Report on vaccination in Madras 1922-1929 - 1922-1929
Year: 1922
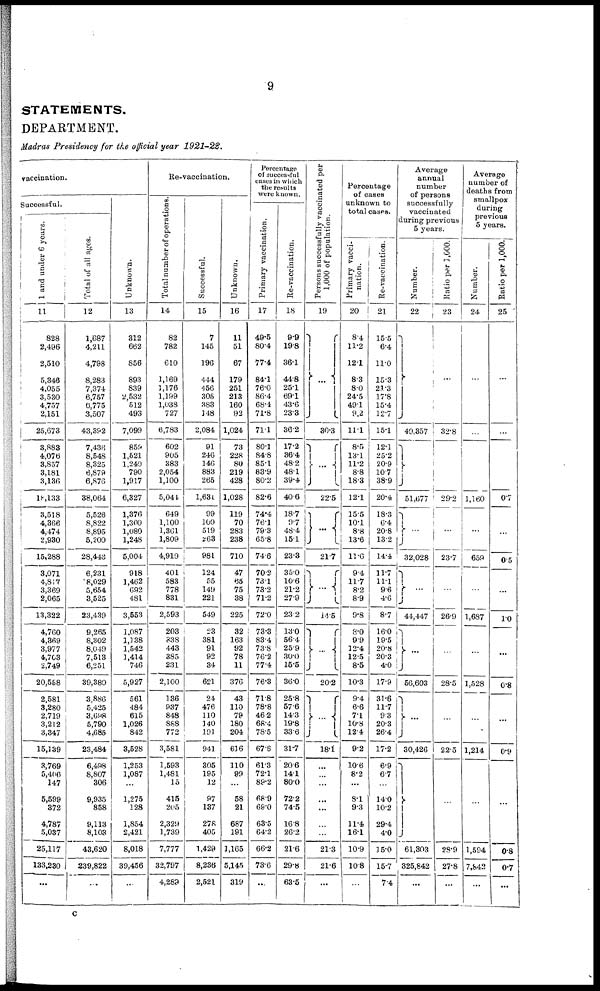
9
STATEMENTS.
DEPARTMENT.
Madras Presidency for the official year 1921-22.
vaccination.
Successful.
1 and under 6 years.
11
828
2,496
2,510
5,346
4,055
3,530
4,757
2,151
25,673
3,883
4,076
3,857
3,181
3,136
18,133
3,518
4,366
4,474
2,930
15,288
3,071
4,817
3,369
2,065
13,322
4,760
4,369
3,977
4,703
2,749
20,558
2,581
3,280
2,719
3,212
3,347
15,139
3,769
5,406
147
5,599
372
4,787
5,037
25,117
133,230
...
Total of all ages.
12
1,687
4,211
4,798
8,283
7,374
6,757
6,775
3,507
43,392
7,436
8,548
8,325
6,879
6,876
38,064
5,526
8,822
8,895
5,200
28,443
6,231
8,029
5,654
3,525
23,439
9,265
8,302
8,049
7,513
6,251
39,380
3,886
5,425
3,698
5,790
4,685
23,484
6,498
8,807
306
9,935
858
9,113
8,103
43,620
239,822
...
Unknown.
13
312
662
856
893
839
2,532
512
493
7,099
859
1,521
1,240
790
1,917
6,327
1,376
1,300
1,080
1,248
5,004
918
1,462
692
481
3,553
1,087
1,138
1,542
1,414
746
5,927
561
484
615
1,026
842
3,528
1,253
1,087
...
1,275
128
1,854
2,421
8,018
39,456
...
Re-vaccination.
Total number of operations.
14
82
782
610
1,169
1,176
1,199
1,038
727
6,783
602
905
383
2,054
1,100
5,044
649
1,100
1,361
1,809
4,919
401
583
778
831
2,593
203
838
443
385
231
2,100
136
937
848
888
772
3,581
1,593
1,481
15
415
205
2,329
1,739
7,777
32,797
4,289
Successful.
15
7
145
196
444
456
305
383
148
2,084
91
246
146
883
265
1,631
99
100
519
263
981
124
55
149
221
549
23
381
91
92
34
621
24
476
110
140
191
941
305
195
12
97
137
278
405
1,429
8,236
2,521
Unknown.
16
11
51
67
179
251
213
160
92
1,024
73
228
80
219
428
1,028
119
70
283
238
710
47
65
75
38
225
32
163
92
78
11
376
43
110
79
180
204
616
110
99
...
58
21
687
191
1,165
5,145
319
Percentage
of successful
cases in which
the results
were known.
Primary vaccination.
17
49.5
80.4
77.4
84.1
76.0
86.4
68.4
71.8
71.1
80.1
84.8
85.1
83.9
80.2
82·6
74·4
76.1
79.3
65.8
74.6
70.2
73.1
73.2
71.2
72.0
73.3
83.4
73.8
76.2
77.4
76.3
71.8
78.8
46.2
68.4
78.5
67.6
61·3
72.1
89·2
68.9
69.0
63.5
64.2
66.2
73.6
...
Re-vaccination.
18
9.9
19.8
36.1
44.8
25.1
69.1
43.6
23.3
36.2
17.2
36.4
48.2
48.1
39.4
40.6
18.7
9.7
48.4
15.1
23.3
35.0
10.6
21.2
27.9
23.2
13.0
56.4
25.9
30.0
15.5
36.0
25.8
57.6
14.3
19.8
33.6
31.7
20.6
14.1
80.0
72.2
74.5
16.8
26.2
21.6
29.8
63.5
Persons successfully vaccinated per
1,000 of population.
19
...
30.3
...
22.5
...
21.7
...
14.5
...
20.2
...
18·1
...
...
...
...
...
...
...
21.3
21.6
...
Percentage
of cases
unknown to
total cases.
Primary vacci-
nation.
20
8.4
11.2
12.1
8.3
8.0
24.5
49.1
9.2
11.1
8.5
13.1
11.2
8.8
18.3
12.1
15.5
10.1
8.8
13.6
11.6
9.4
11.7
8.2
8.9
9.8
8.0
9.9
12.4
12.5
8.5
10.3
9.4
6.6
7.1
10.8
12.4
9.2
10.6
8.2
...
8.1
9.3
11.4
16.1
10.9
10.8
...
Re-vaccination.
21
15.5
6.4
11.0
15.3
21.3
17.8
15.4
12.7
15.1
12.1
25.2
20.9
10.7
38.9
20.4
18.3
6.4
20.8
13.2
14.4
11.7
11.1
9.6
4.6
8.7
16.0
19.5
20.8
20.3
4.0
17.9
31.6
11.7
9.3
20.3
26.4
17.2
6.9
6.7
...
14.0
10.2
29.4
4.0
15.0
15.7
7.4
Average
annual
number
of persons
successfully
vaccinated
during previous
5 years.
Number.
22
...
49,357
...
51,677
...
32,028
...
44,447
...
56,603
...
30,426
...
61,303
325,842
...
Ratio per 1,000.
23
...
32.8
...
29.2
...
23.7
...
26.9
...
28.5
...
22.5
...
28.9
27.8
...
Average
number of
deaths from
smallpox
during
previous
5 years.
Number.
24
...
...
...
1,160
...
659
...
1,687
...
1,528
...
1,214
...
1,594
7,842
...
Ratio per 1,000.
25
...
...
...
0.7
...
0.5
...
1.0
...
0.8
...
0.9
...
0.8
0.7
...
c